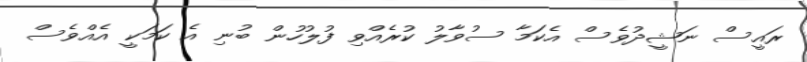
ރައީސް ނަޝީދުވެސް އެކަމާ ސުވާލު ކުރެއްވި ފުލުހުން ބުނި އެ ކަމަކީ އެއްވެސް